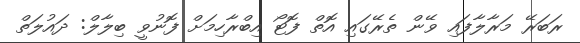
ރަބަރޭ މަރާލާފައި ވޭން ތެރޭގައި އޮތް ފޮޓޯ އިބްރާހިމަށް ފޮނުވީ ބިލާލް: ދައުލަތް